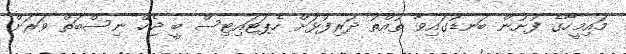
މައިމީހާގެ ފުށުން ބަނޑުގައިވާ ތުއްތު ދަރިފުޅަށް ހެޕަޓައިޓިސް ބީ ޖެހޭ ނިސްބަތް ވަރަށް